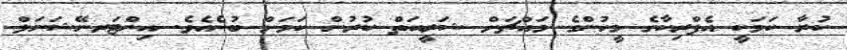
ކުރާ ކަމަކީ އެފްރިކާގެ މީހުންގެ މައްޗަށް ޝަރީއަތް ކުރުން ކަމަށް ބުނެއެވެ. އިންޓަރނޭޝަނަލް